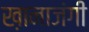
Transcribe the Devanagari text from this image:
ख़ानाजंगी